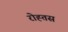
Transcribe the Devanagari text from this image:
रोह्तस